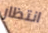
انتظار